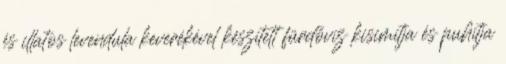
és illatos levendula keverékével készített fürdővíz kisimítja és puhítja